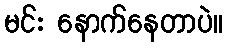
မင်း နောက်နေတာပဲ။